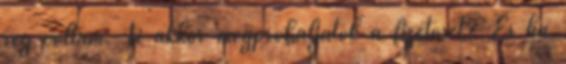
reg voltam. Ti akkor megprobaljatok a fizetoset? Es ha